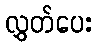
လွှတ်ပေး